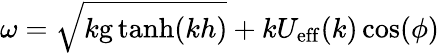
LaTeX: \omega=\sqrt{k\mathrm{g}\operatorname{tanh}(kh)}+kU_{\mathrm{eff}}(k)\cos(\phi)